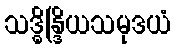
သဒ္ဓိန္ဒြိယသမုဒယံ